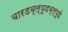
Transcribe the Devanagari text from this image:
बारडब्ल्यूडब्ल्यूई